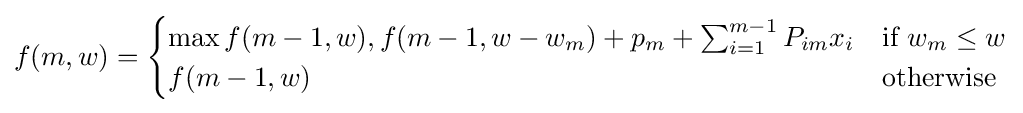
f(m,w)={\begin{cases}\max f(m-1,w),f(m-1,w-w_{m})+p_{m}+\sum _{i=1}^{m-1}P_{im}x_{i}&{\text{if }}w_{m}\leq w\\f(m-1,w)&{\text{otherwise}}\end{cases}}